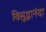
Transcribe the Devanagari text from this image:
विसुद्धानंदा